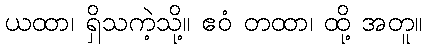
ယထာ၊ ရှိသကဲ့သို့။ ဧဝံ တထာ၊ ထို့ အတူ။